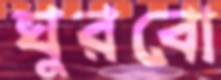
ঘুরবো